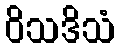
ဝိသဒိသံ